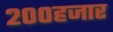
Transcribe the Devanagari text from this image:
२००हजार